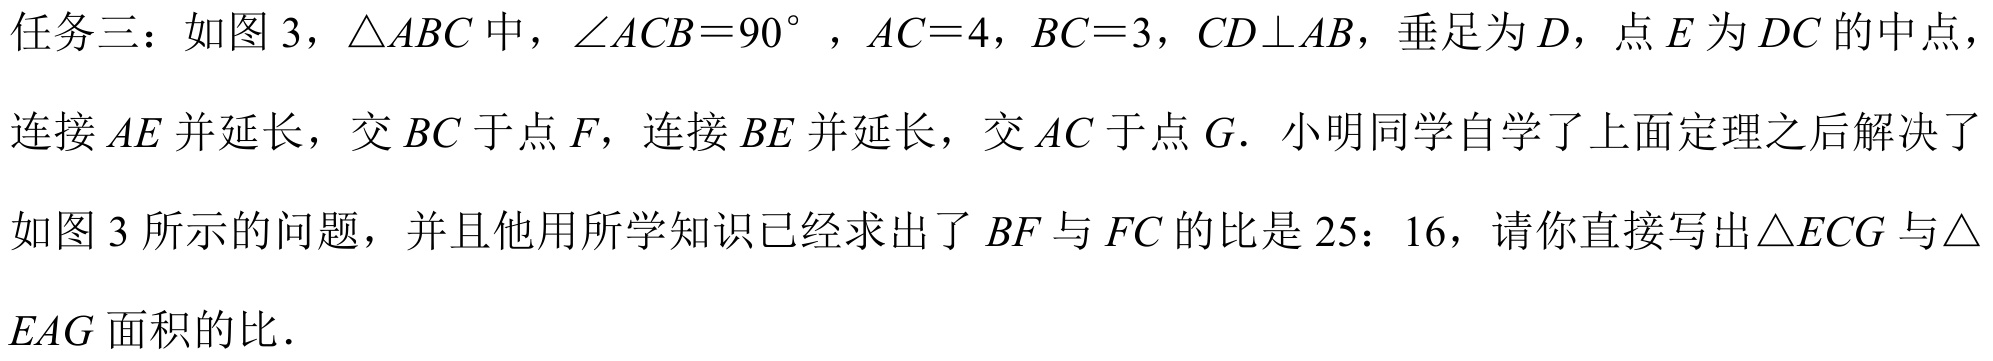
任务三：如图 3，\(\triangle ABC\)中，\(\angle ACB = 90^{\circ}\)，\(AC = 4\)，\(BC = 3\)，\(CD\perp AB\)，垂足为\(D\)，点\(E\)为\(DC\)的中点，连接\(AE\)并延长，交\(BC\)于点\(F\)，连接\(BE\)并延长，交\(AC\)于点\(G\)．小明同学自学了上面定理之后解决了如图 3 所示的问题，并且他用所学知识已经求出了\(BF\)与\(FC\)的比是\(25:16\)，请你直接写出\(\triangle ECG\)与\(\triangle EAG\)面积的比．